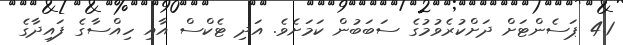
4.1 ޕަސެންޓަށް ދަށްކުރެވުމުގެ ސަބަބުން ކަމަށެވެ. އަދި ޓެކްސް އާއި ހިއްސާގެ ފައިދާގެ